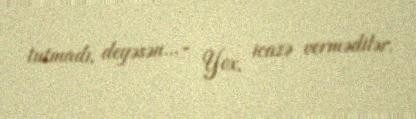
tutmadı, deyəsən...- Yox, icazə vermədilər.